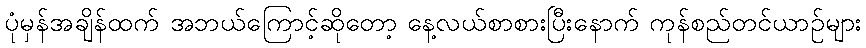
ပုံမှန်အချိန်ထက် အဘယ်ကြောင့်ဆိုတော့ နေ့လယ်စာစားပြီးနောက် ကုန်စည်တင်ယာဉ်များ